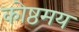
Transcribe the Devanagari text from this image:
कोष्ठमय